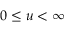
0 \leq u < \infty